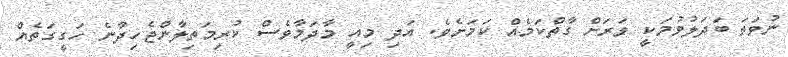
ނުވަތަ ބަދަލުވުމަކީ ވަރަށް ގާތްކަމެއް ކަމަށެވެ. އަދި މިއީ މާދަމާވެސް ކުރިމަތިލާންޖެހިދާނެ ހަގީގަތެއް